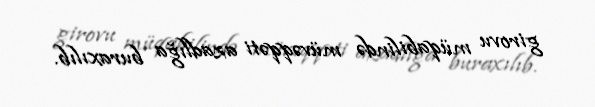
girovu müqabilində müvəqqəti azadlığa buraxılıb.